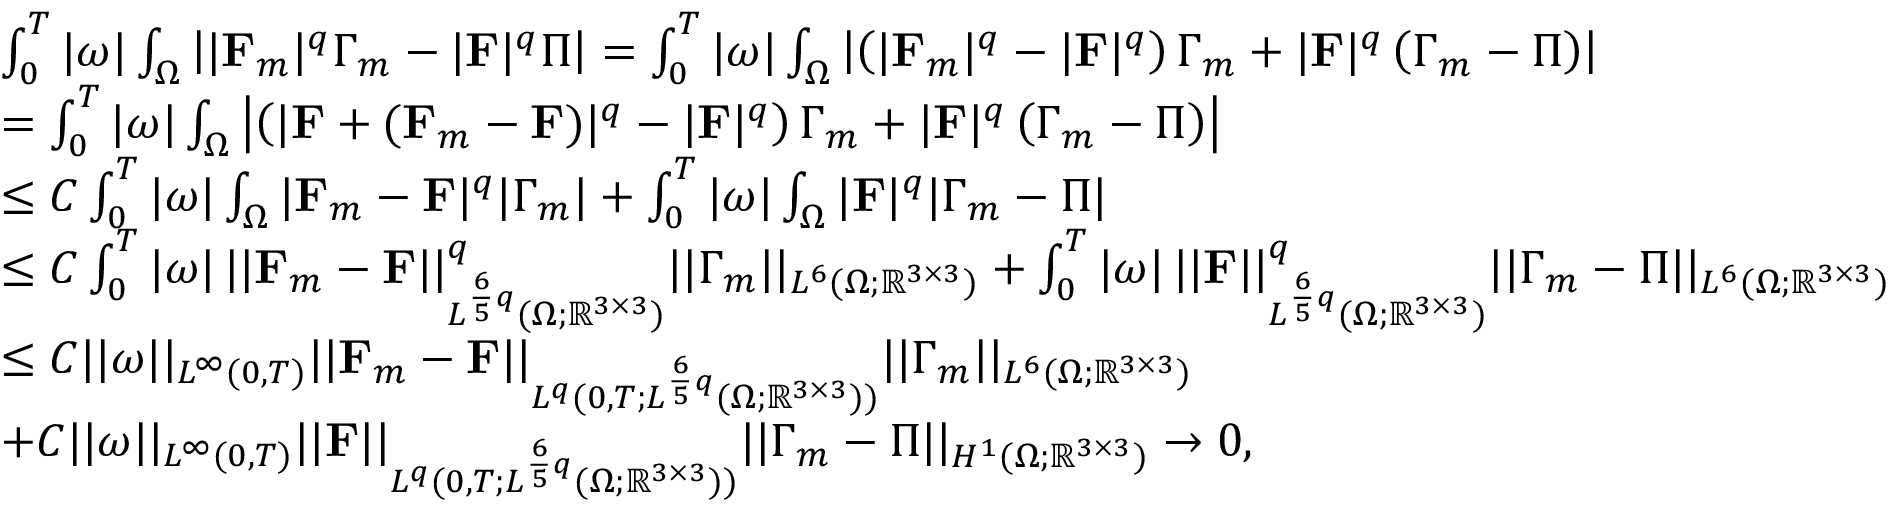
\begin{array} { r l } & { \int _ { 0 } ^ { T } | \omega | \int _ { \Omega } \left| | \mathbf { F } _ { m } | ^ { q } \boldsymbol { \Gamma } _ { m } - | \mathbf { F } | ^ { q } \boldsymbol { \Pi } \right| = \int _ { 0 } ^ { T } | \omega | \int _ { \Omega } \left| \left( | \mathbf { F } _ { m } | ^ { q } - | \mathbf { F } | ^ { q } \right) \boldsymbol { \Gamma } _ { m } + | \mathbf { F } | ^ { q } \left( \boldsymbol { \Gamma } _ { m } - \boldsymbol { \Pi } \right) \right| } \\ & { = \int _ { 0 } ^ { T } | \omega | \int _ { \Omega } \left| \left( | \mathbf { F } + ( \mathbf { F } _ { m } - \mathbf { F } ) | ^ { q } - | \mathbf { F } | ^ { q } \right) \boldsymbol { \Gamma } _ { m } + | \mathbf { F } | ^ { q } \left( \boldsymbol { \Gamma } _ { m } - \boldsymbol { \Pi } \right) \right| } \\ & { \leq C \int _ { 0 } ^ { T } | \omega | \int _ { \Omega } | \mathbf { F } _ { m } - \mathbf { F } | ^ { q } | \boldsymbol { \Gamma } _ { m } | + \int _ { 0 } ^ { T } | \omega | \int _ { \Omega } | \mathbf { F } | ^ { q } | \boldsymbol { \Gamma } _ { m } - \boldsymbol { \Pi } | } \\ & { \leq C \int _ { 0 } ^ { T } | \omega | \, | | \mathbf { F } _ { m } - \mathbf { F } | | _ { L ^ { \frac { 6 } { 5 } q } ( \Omega ; \mathbb { R } ^ { 3 \times 3 } ) } ^ { q } | | \boldsymbol { \Gamma } _ { m } | | _ { L ^ { 6 } ( \Omega ; \mathbb { R } ^ { 3 \times 3 } ) } + \int _ { 0 } ^ { T } | \omega | \, | | \mathbf { F } | | _ { L ^ { \frac { 6 } { 5 } q } ( \Omega ; \mathbb { R } ^ { 3 \times 3 } ) } ^ { q } | | \boldsymbol { \Gamma } _ { m } - \boldsymbol { \Pi } | | _ { L ^ { 6 } ( \Omega ; \mathbb { R } ^ { 3 \times 3 } ) } } \\ & { \leq C | | \omega | | _ { L ^ { \infty } ( 0 , T ) } | | \mathbf { F } _ { m } - \mathbf { F } | | _ { L ^ { q } ( 0 , T ; L ^ { \frac { 6 } { 5 } q } ( \Omega ; \mathbb { R } ^ { 3 \times 3 } ) ) } | | \boldsymbol { \Gamma } _ { m } | | _ { L ^ { 6 } ( \Omega ; \mathbb { R } ^ { 3 \times 3 } ) } } \\ & { + C | | \omega | | _ { L ^ { \infty } ( 0 , T ) } | | \mathbf { F } | | _ { L ^ { q } ( 0 , T ; L ^ { \frac { 6 } { 5 } q } ( \Omega ; \mathbb { R } ^ { 3 \times 3 } ) ) } | | \boldsymbol { \Gamma } _ { m } - \boldsymbol { \Pi } | | _ { H ^ { 1 } ( \Omega ; \mathbb { R } ^ { 3 \times 3 } ) } \to 0 , } \end{array}